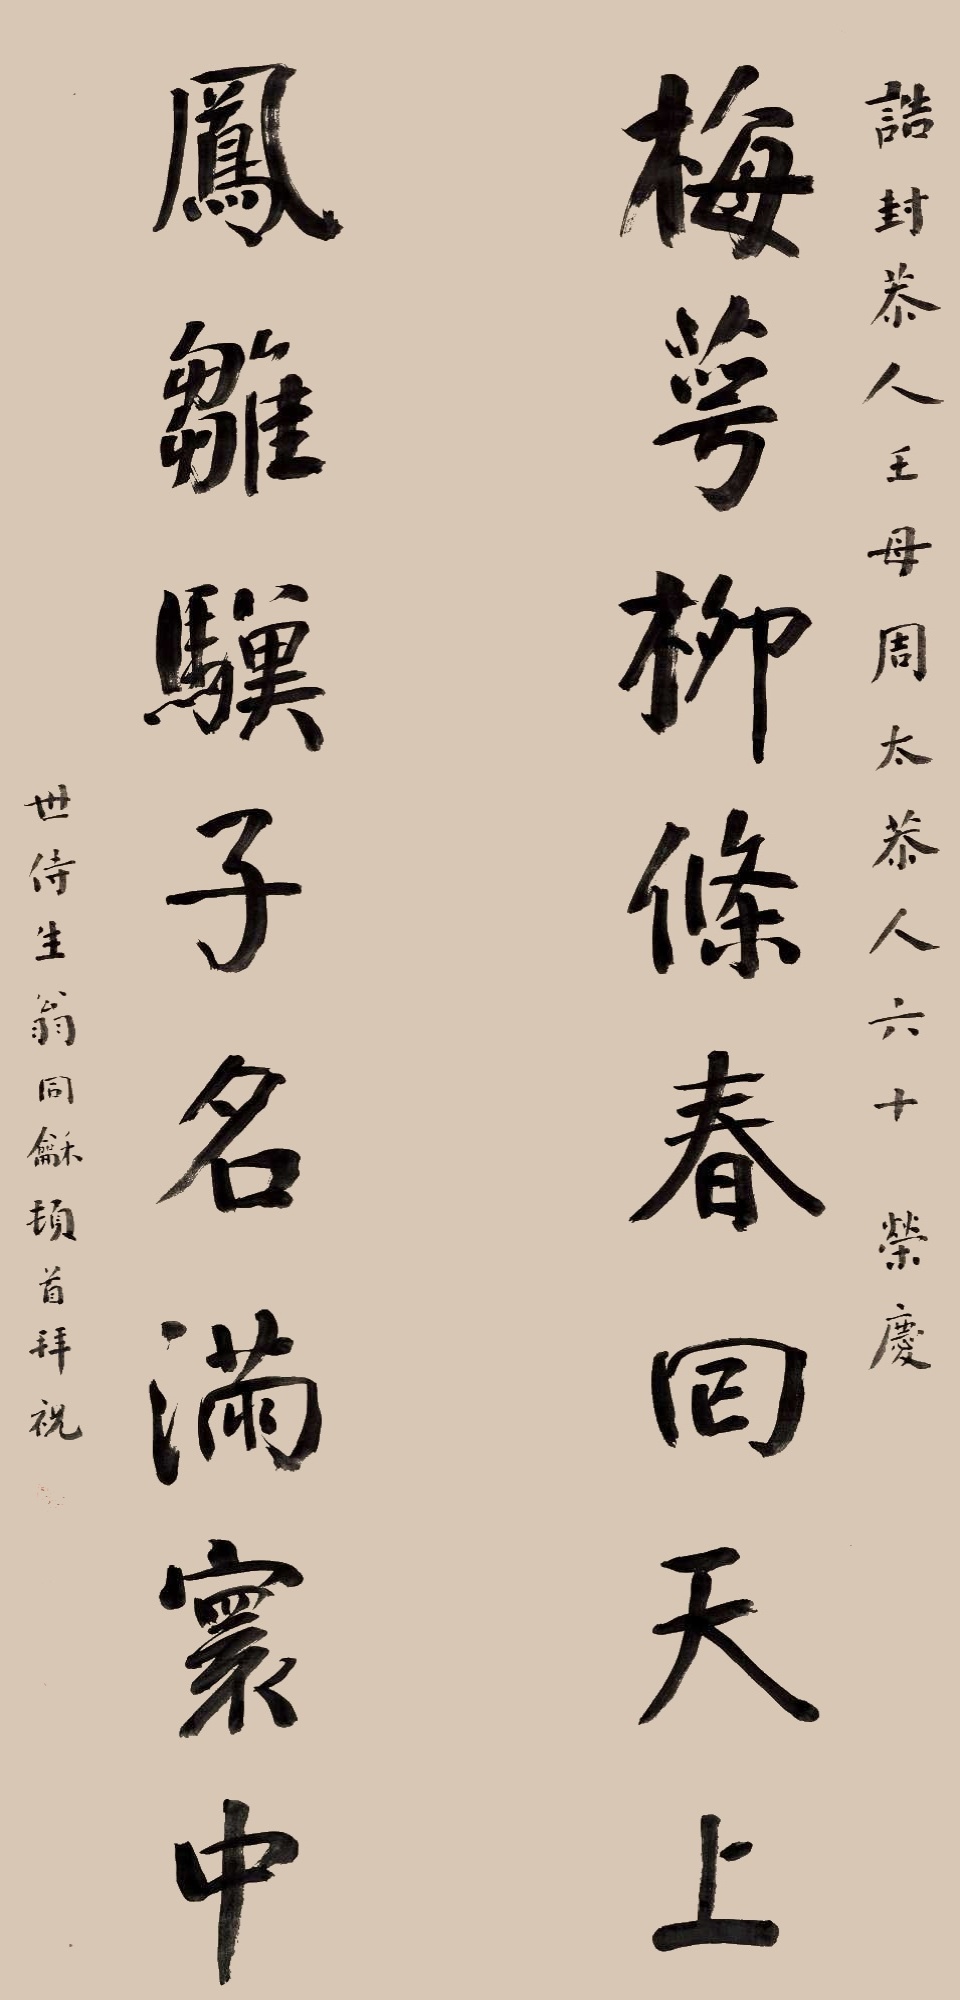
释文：梅萼柳条春回天上，凤雏骥子名满寰中。诰封恭人王母周太恭人六十荣庆，世侍生翁同龢顿首拜祝。